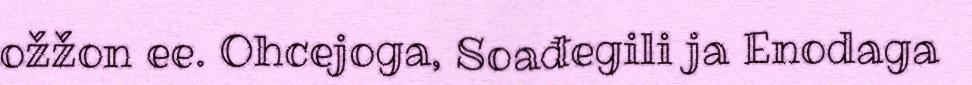
ožžon ee. Ohcejoga, Soađegili ja Enodaga